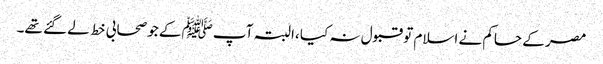
مصر کے حاکم نے اسلام تو قبول نہ کیا ،البتہ آپ ﷺکے جو صحابی خط لے گئے تھے۔